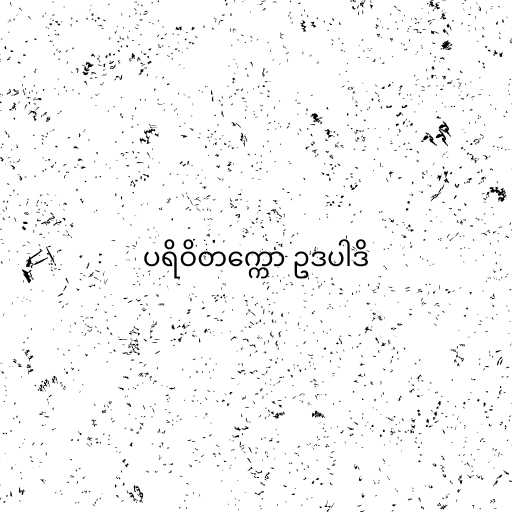
ပရိဝိတက္ကော ဥဒပါဒိ